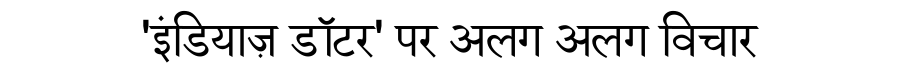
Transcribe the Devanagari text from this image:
'इंडियाज़ डॉटर' पर अलग अलग विचार